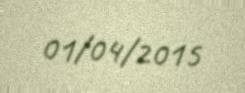
01/04/2015